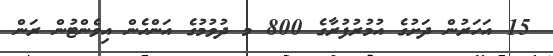
15 އަހަރުން ދަށުގެ އުމުރުފުރާގެ 800 މ ދުވުމުގެ އަންހެން އިވެންޓުން ރަން